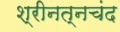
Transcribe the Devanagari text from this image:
श्रीनत्नचंद